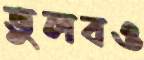
ভুলবও